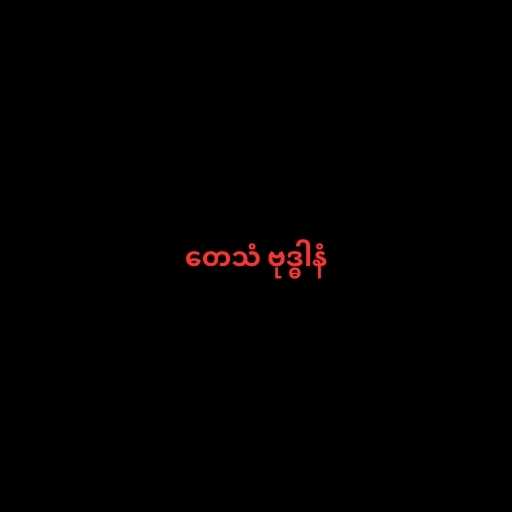
တေသံ ဗုဒ္ဓါနံ